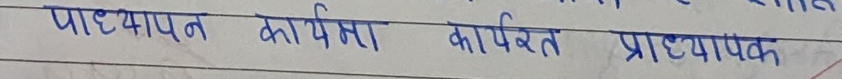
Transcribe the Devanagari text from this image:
पाठ्यापन कार्यमा कार्यरत प्राध्यापक